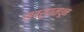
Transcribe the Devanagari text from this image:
स्वरूपामधून